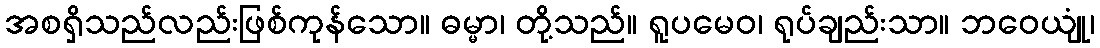
အစရှိသည်လည်းဖြစ်ကုန်သော။ ဓမ္မာ၊ တို့သည်။ ရူပမေဝ၊ ရုပ်ချည်းသာ။ ဘဝေယျုံ၊